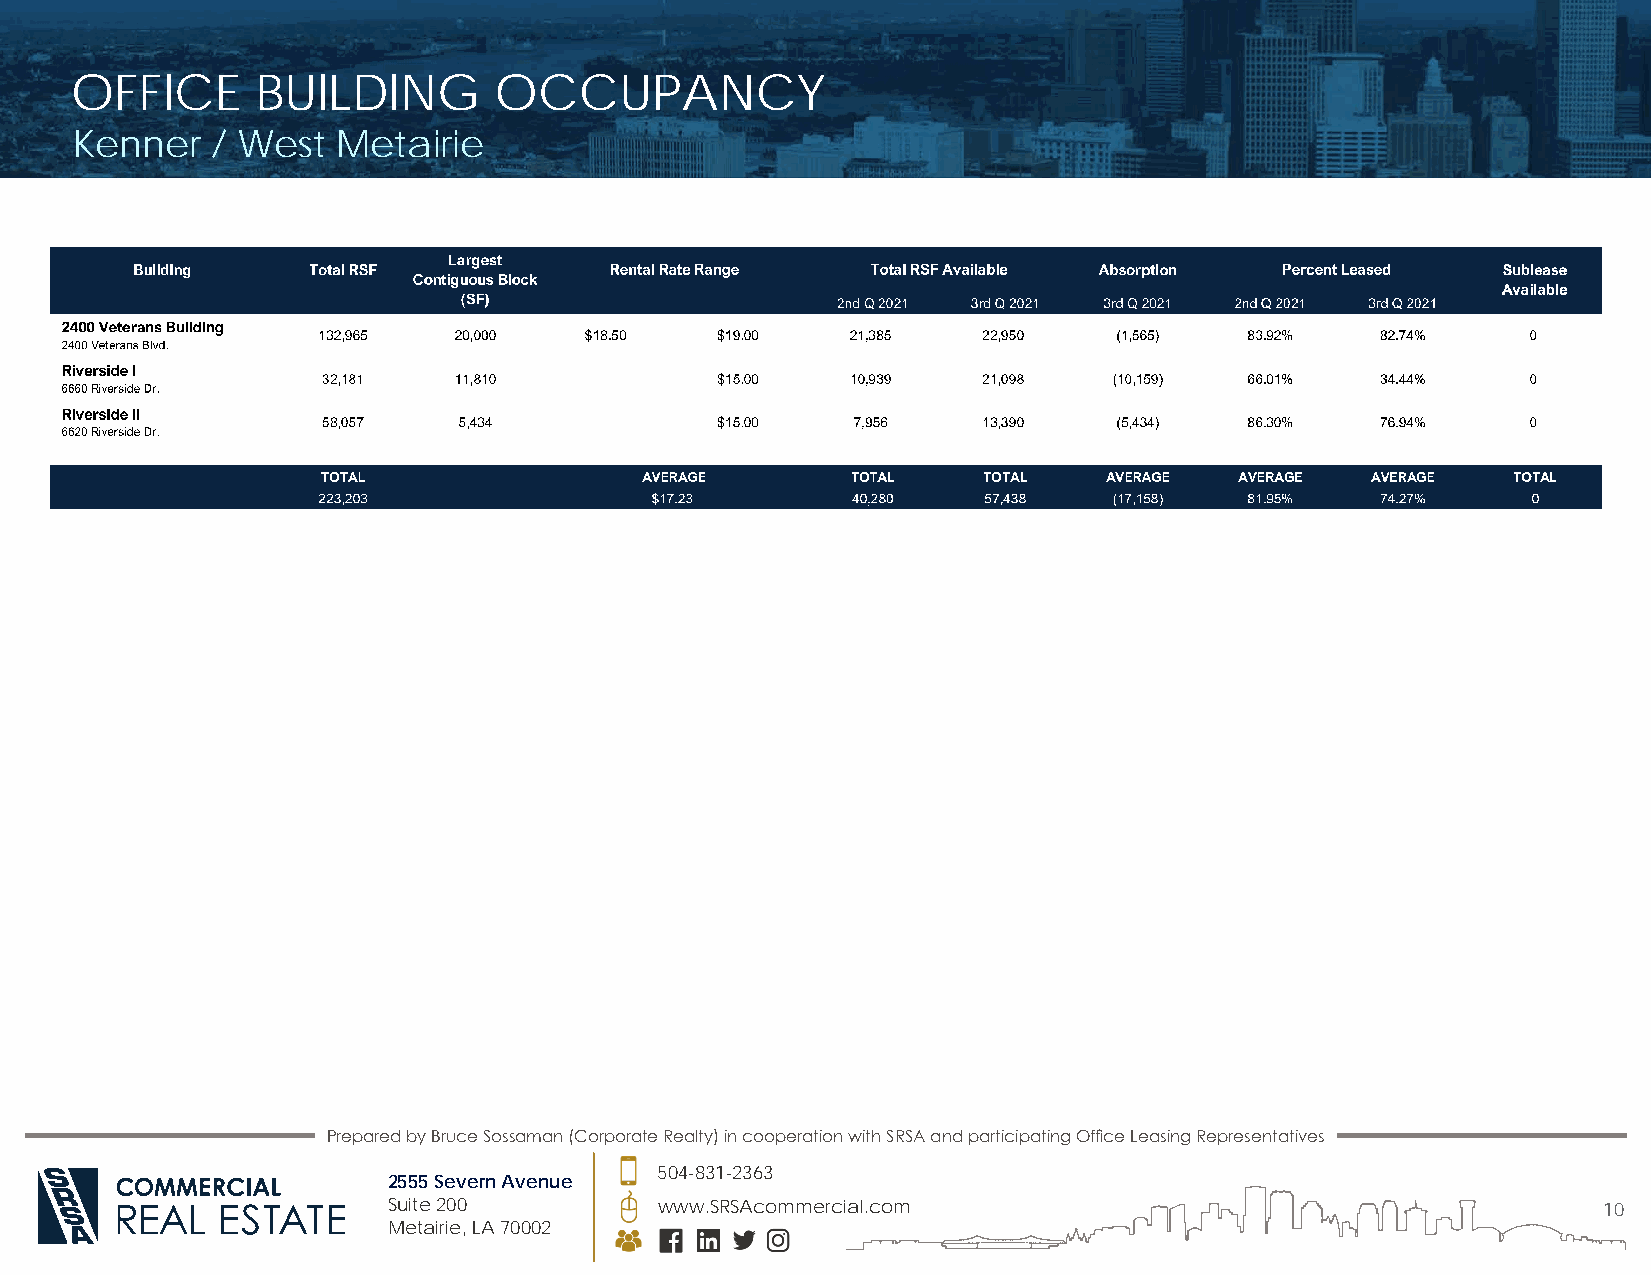
OFFICE      BUILDING        OCCUPANCY
 Kenner   / West  Metairie
 Prepared by Bruce Sossaman (Corporate Realty) in cooperation with SRSA and participating Office Leasing Representatives
 504-831-2363
 2555 Severn Avenue
 Suite 200         www.SRSAcommercial.com                                        10
 Metairie, LA 70002